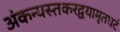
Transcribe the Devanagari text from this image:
अंकन्यस्तकरद्वयामृतघटं